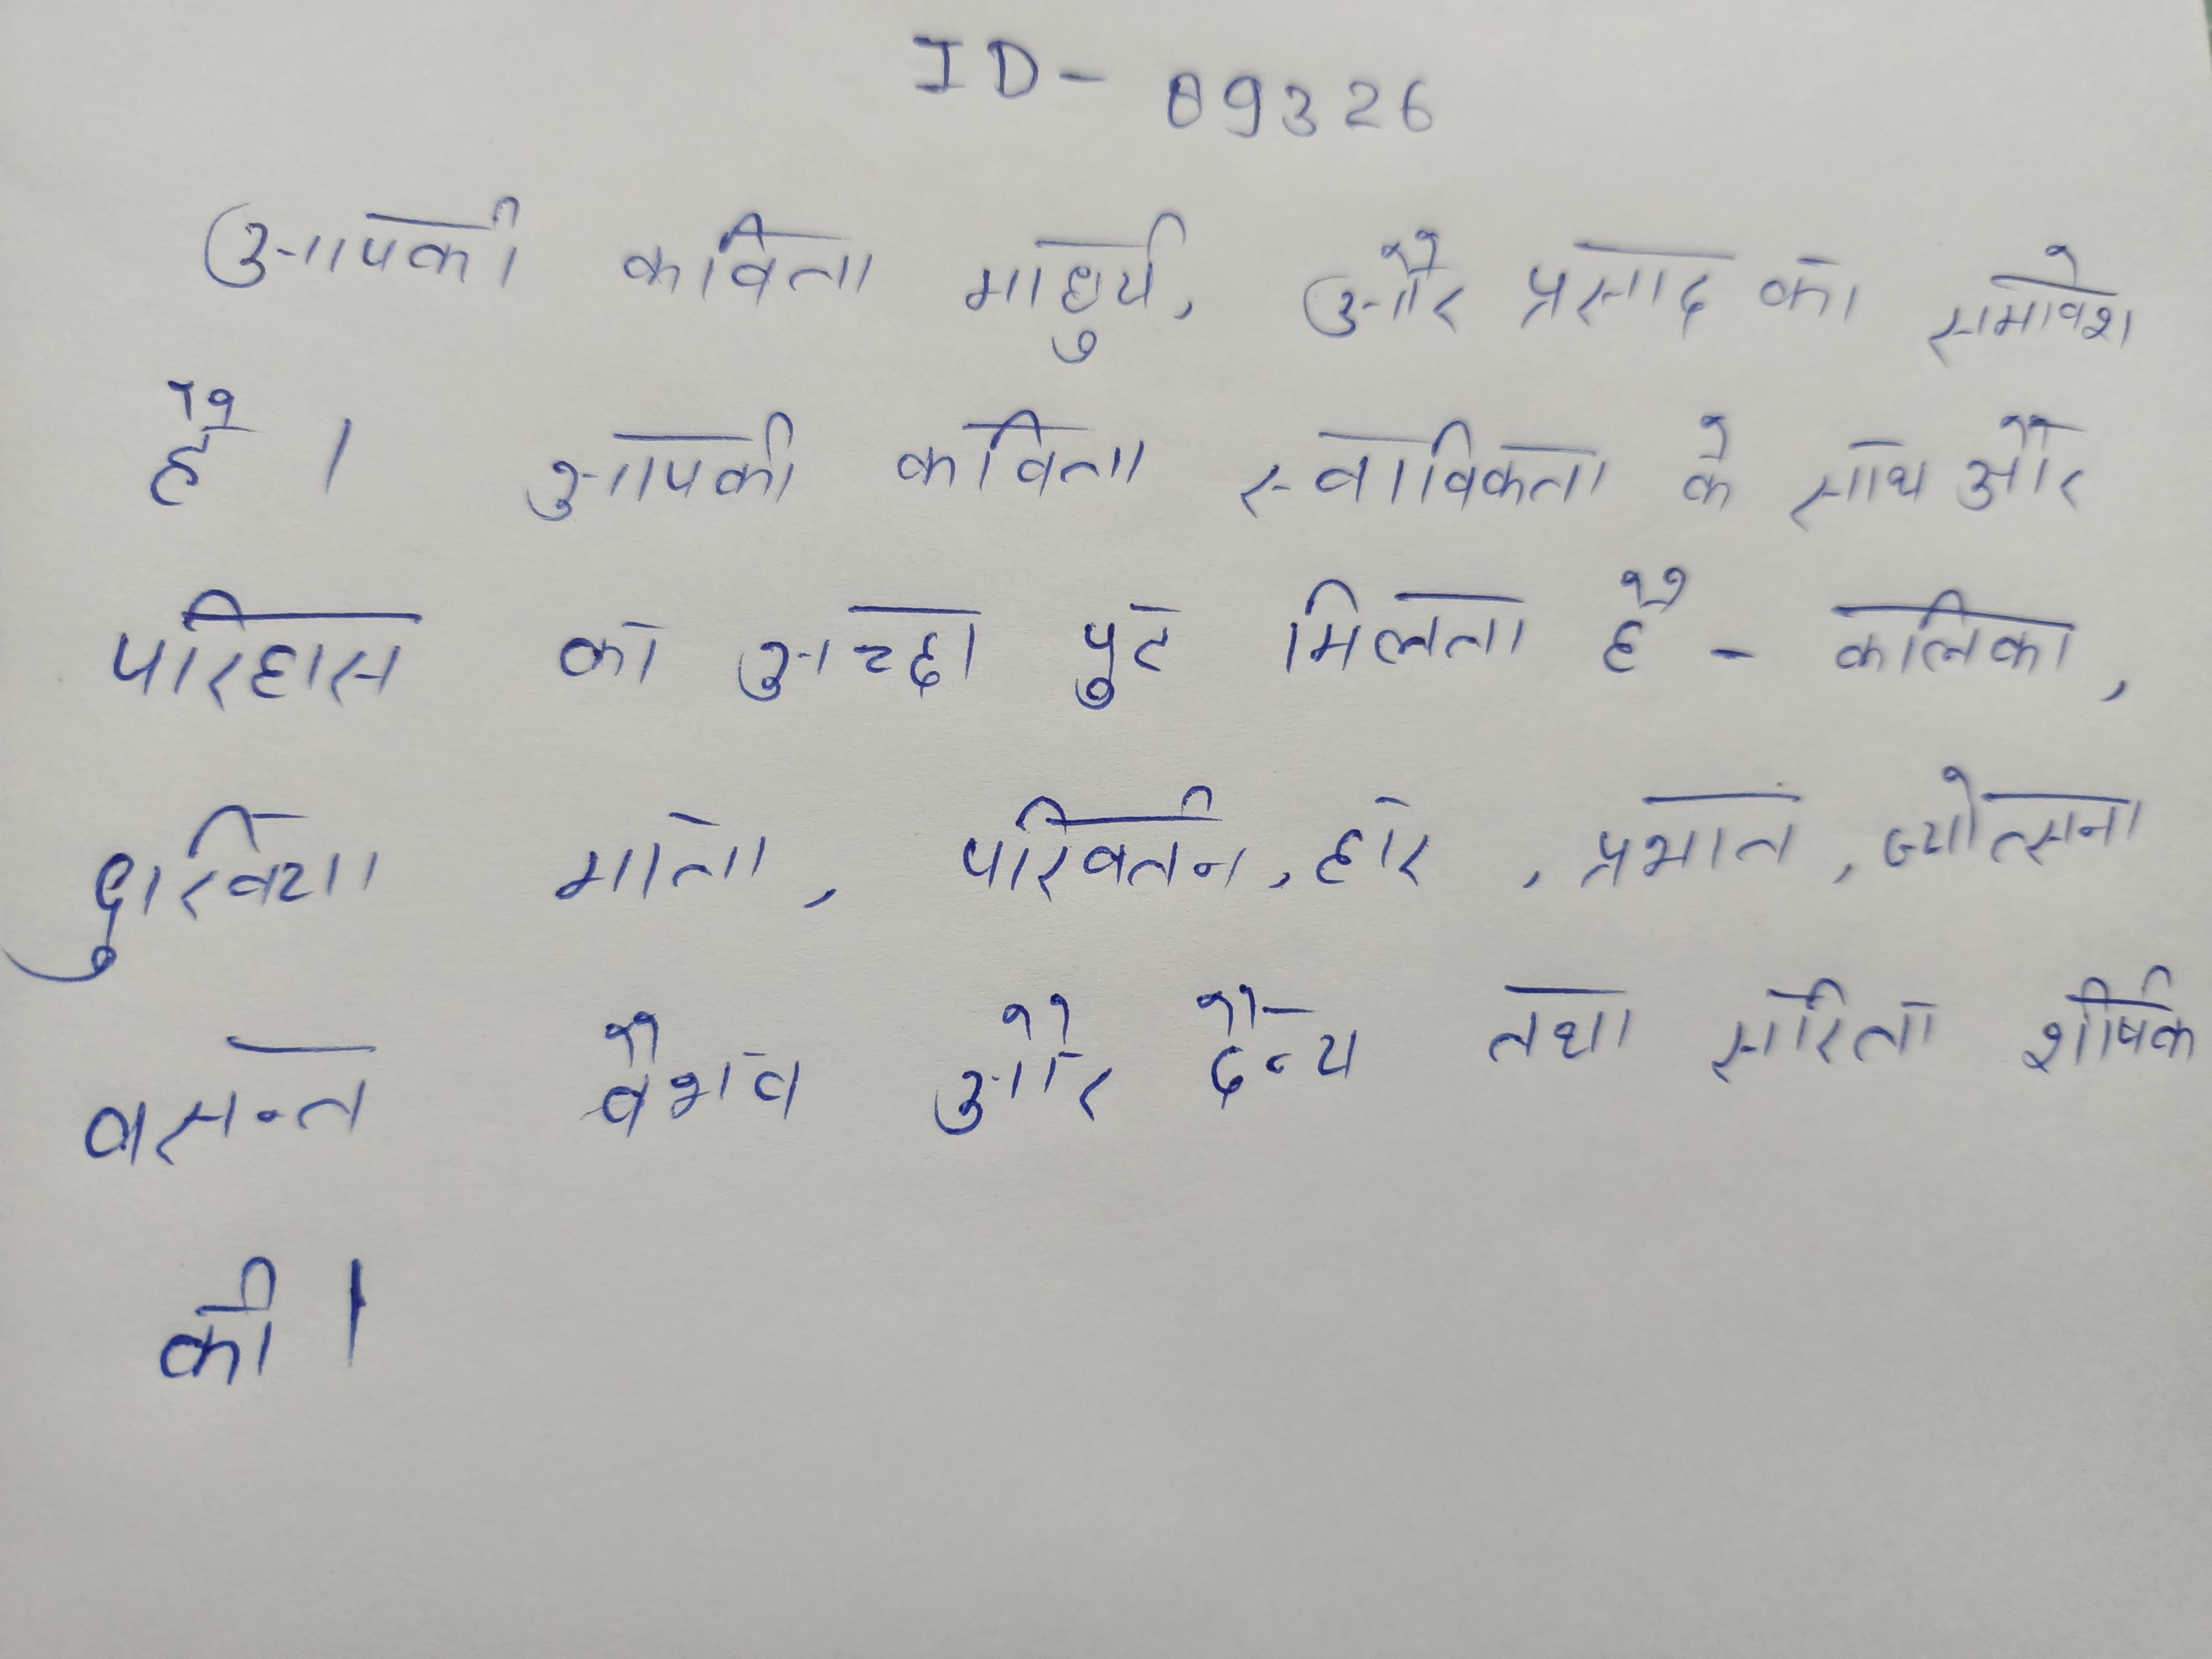
आपकी कविता माधुर्य, और प्रसाद का समावेश है । आपकी कविता स्वाभाविकता के साथ और परिहास का अच्छा पुट मिलता है । आपकी कविता स्फुट रूप मिलती है- कलिका, दुखिया माता, परिवर्तन, हार, प्रभात, ज्योत्सना, वसन्त वैभव और दैन्य तथा सरिता शीर्षक की ।